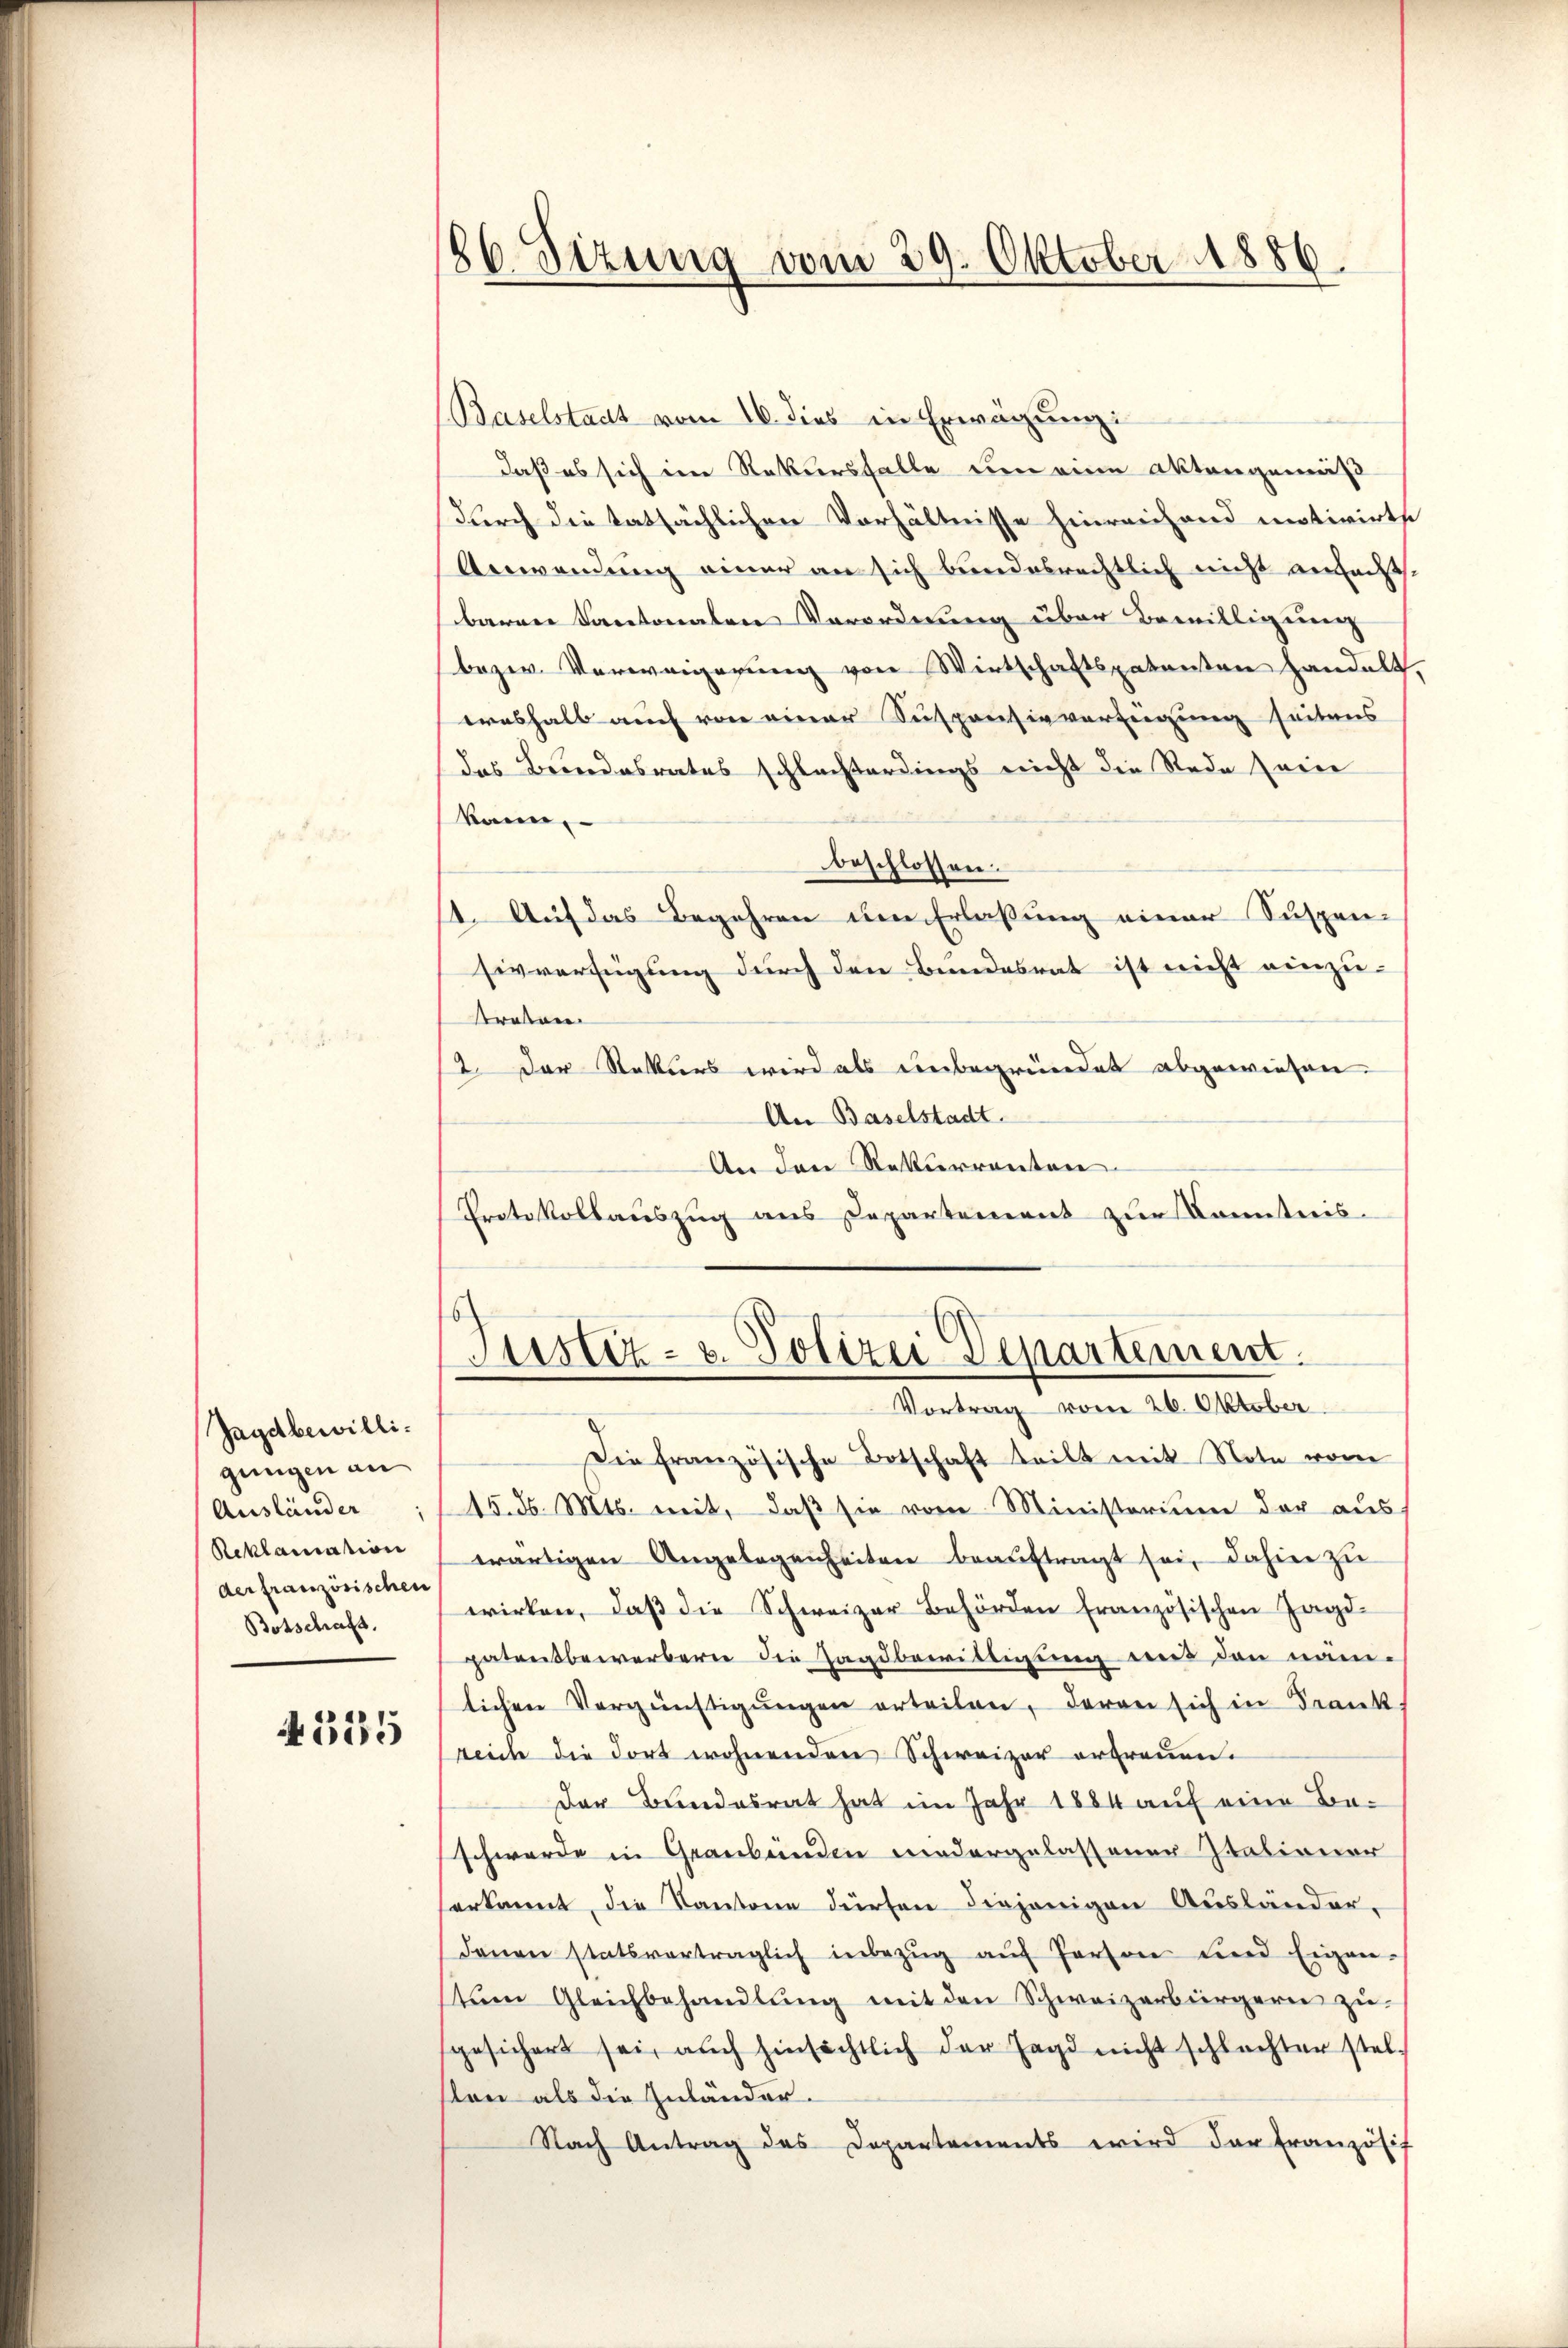
Jagdbewilligungen an
Ausländer
Reklamation
der französischen
Botschaft.
4335

186. Sizung vom 29. Oktober 1886.

(Baselstadt vom 16. dies ein Erwägung:
daß es sich im Rekursfalle um eine Aktengemäß
durch die tatsächlichen Verhältnisse hinreichend motivirte
Anwendung einer an sich bundesrechtlich nicht anfecht.
baren Kantonalen Vorordnung über Bewilligung
bezw. Verweigerung von Wirtschaftspatenten handelt,
erashalb auch von einer Suspensivverfügung seitens
das Berndesrates schlachterdings nicht die Rede serie
kann.
beschlossen.
1. Auf das Begehren um Erlassung einer Suspen-
sivverfügung durch den Bundesrat ist nicht einzubraten.
2. Der Rekurs wird als unbegründet abgewiesen.
An Baselstadt.
An den Rekurrenten.
Protokollauszug aus Departement zur Kenntnis-

Justiz- u. Polizei Departement.
Vortrag vom 26. Oktober

Die französische Botschaft teilt mit Note vom
15. d. Mts. mit, daß sie vom Ministerium der aus
wärtigen Angelegenheiten beaŭftragt sei, dahin zu
wirken, daβ die Schweizer Behörden französischen Jagd-
patensbewerbern die Jagdbewilligung und den näm-
lichen Vergünstigŭngen erteilen, daran sich in Frank,
reich die dort wohnenden Schweizer ertreuen.
Der Bundesrat hat im Jahr 1884 auf eine Beschwerde in Graubünden niedergelassener Italiener
erkannt, die Kantone dürfen diejenigen Ausländer-
denen statsvertraglich inbezŭg aŭf Person und Eigen-
tŭm Gleichbehandlŭng mit den Schweizerbürgern zu-
sgesichert sei, auch hinsichtlich der Jagd nicht schlechter stel-
ston als die Zuländer.
Nach Antrag des Departements wird der Französif